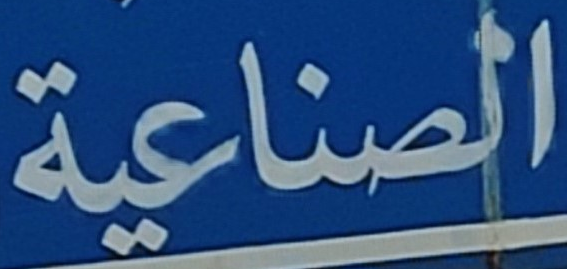
الصناعية